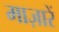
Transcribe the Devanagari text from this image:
माज़ारें